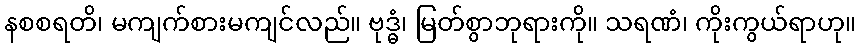
နစစရတိ၊ မကျက်စားမကျင်လည်။ ဗုဒ္ဓံ၊ မြတ်စွာဘုရားကို။ သရဏံ၊ ကိုးကွယ်ရာဟု။